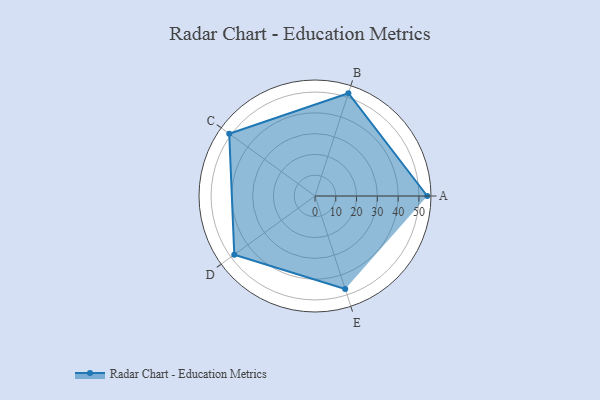
{"axis": {"x": "Skill", "y": "Score"}, "legend": ["Profile"], "data": [{"x": "A", "y": 54.0, "type": "Profile"}, {"x": "B", "y": 52.0, "type": "Profile"}, {"x": "C", "y": 51.0, "type": "Profile"}, {"x": "D", "y": 48.0, "type": "Profile"}, {"x": "E", "y": 47.0, "type": "Profile"}]}